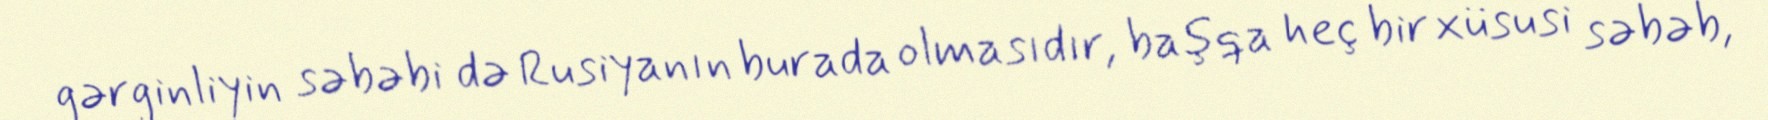
gərginliyin səbəbi də Rusiyanın burada olmasıdır, başqa heç bir xüsusi səbəb,